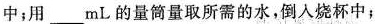
中用____mL的量筒量取所需的水，倒入烧杯中；